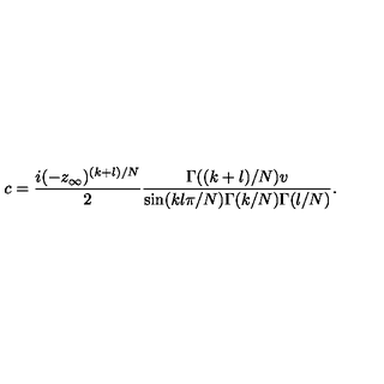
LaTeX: c = { \frac { i ( - z _ { \infty } ) ^ { ( k + l ) / N } } { 2 } } { \frac { \Gamma ( ( k + l ) / N ) v } { \sin ( k l \pi / N ) \Gamma ( k / N ) \Gamma ( l / N ) } } .